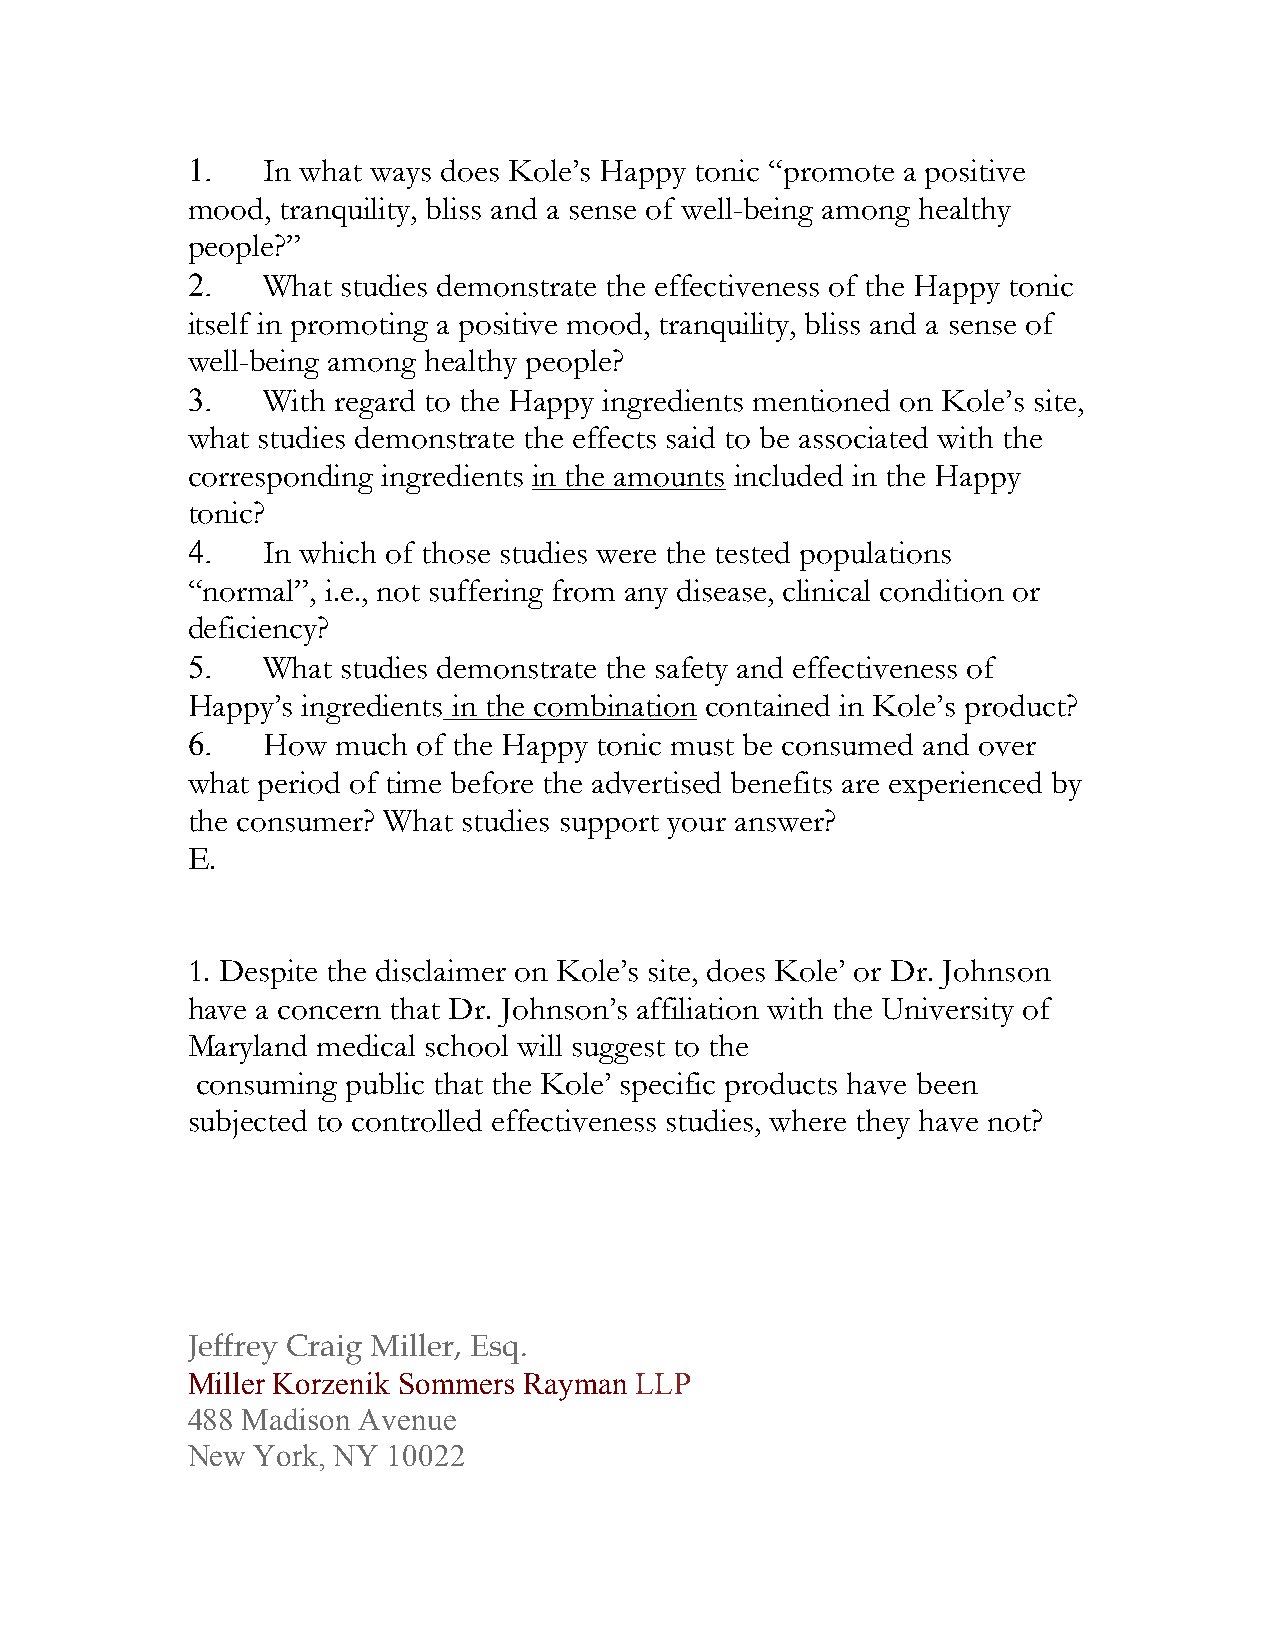
1.   In what ways does Kole’s Happy tonic “promote a positive
 mood,  tranquility, bliss and a sense of well-being among healthy
 people?”
 2.   What  studies demonstrate the effectiveness of the Happy tonic
 itself in promoting a positive mood, tranquility, bliss and a sense of
 well-being among healthy people?
 3.   With regard to the Happy ingredients mentioned on Kole’s site,
 what studies demonstrate the effects said to be associated with the
 corresponding ingredients in the amounts included in the Happy
 tonic?
 4.   In which of those studies were the tested populations
 “normal”, i.e., not suffering from any disease, clinical condition or
 deficiency?
 5.   What  studies demonstrate the safety and effectiveness of
 Happy’s ingredients in the combination contained in Kole’s product?
 6.   How  much  of the Happy tonic must be consumed and over
 what period of time before the advertised benefits are experienced by
 the consumer? What studies support your answer?
 E.
 1. Despite the disclaimer on Kole’s site, does Kole’ or Dr. Johnson
 have a concern that Dr. Johnson’s affiliation with the University of
 Maryland medical school will suggest to the
 consuming public that the Kole’ specific products have been
 subjected to controlled effectiveness studies, where they have not?
 Jeffrey Craig Miller, Esq.
 Miller Korzenik Sommers Rayman LLP
 488 Madison Avenue
 New  York, NY 10022